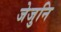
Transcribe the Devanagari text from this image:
जेजुनि